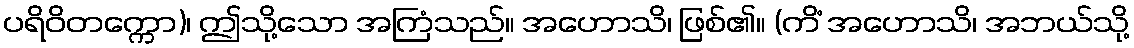
ပရိဝိတက္ကော)၊ ဤသို့သော အကြံသည်။ အဟောသိ၊ ဖြစ်၏။ (ကိံ အဟောသိ၊ အဘယ်သို့